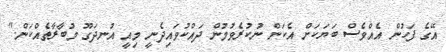
އޭގެ ފަހުން އެއްވެސް ބަޔަކަށް އެކަން ނުކުރެވުމުން ދައްކުވައިދެނީ މިއީ އުނދަގޫ މުބާރާތެއްކަން."